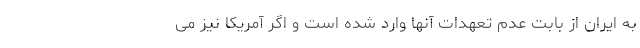
به ایران از بابت عدم تعهدات آنها وارد شده است و اگر آمریکا نیز می